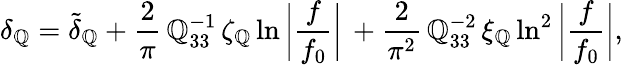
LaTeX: \delta_{\mathbb{Q}}=\tilde{{\delta}}_{\mathbb{Q}}+\frac{{2}}{{\pi}}\, \mathbb{Q}_{33}^{-1}\, \zeta_{\mathbb{Q}}\ln{\bigg|\frac{{f}}{{f_{0}}}\bigg|}\, +\frac{{2}}{{\pi^{2}}}\, \mathbb{Q}_{33}^{-2}\, \xi_{\mathbb{Q}}\ln^{2}{\bigg|\frac{{f}}{{f_{0}}}\bigg|},